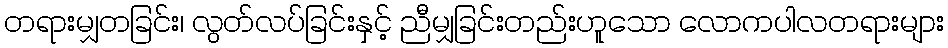
တရားမျှတခြင်း၊ လွတ်လပ်ခြင်းနှင့် ညီမျှခြင်းတည်းဟူသော လောကပါလတရားများ